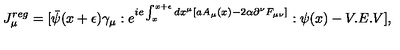
J _ { \mu } ^ { r e g } = [ \bar { \psi } ( x + \epsilon ) \gamma _ { \mu } : e ^ { i e \int _ { x } ^ { x + \epsilon } d x ^ { \mu } [ a A _ { \mu } ( x ) - 2 \alpha \partial ^ { \nu } F _ { \mu \nu } ] } : \psi ( x ) - V . E . V ] ,